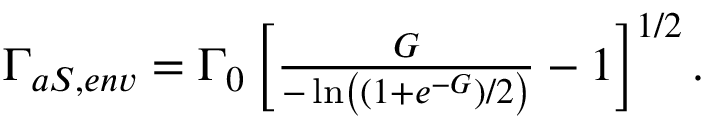
\begin{array} { r } { \Gamma _ { a S , e n v } = \Gamma _ { 0 } \left[ \frac { G } { - \ln \left( ( 1 + e ^ { - G } ) / 2 \right) } - 1 \right] ^ { 1 / 2 } . } \end{array}